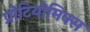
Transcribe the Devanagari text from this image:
प्रोटियोमिक्स